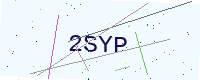
Text: 2SYP